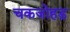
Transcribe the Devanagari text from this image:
चकजोहड़